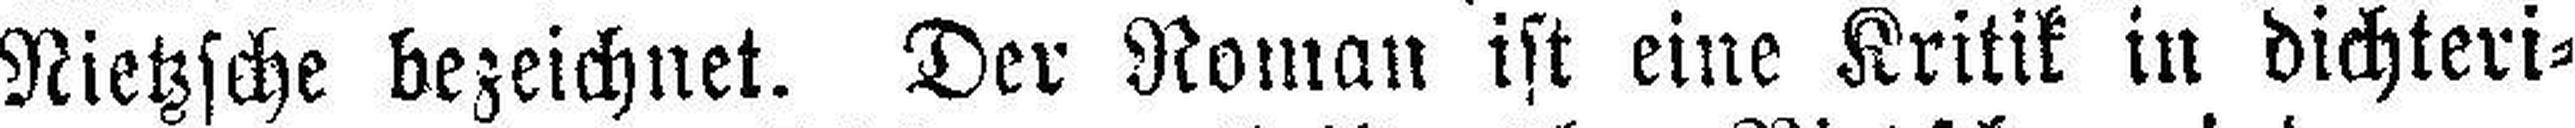
Nietzsche bezeichnet. Der Noman ist eine Kritik in dichteri¬